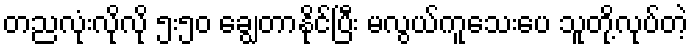
တညလုံးလိုလို ၅း၅၀ ချွေတာနိုင်ပြီး မလွယ်ကူသေးပေ သူတို့လုပ်တဲ့